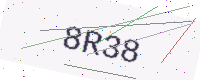
Text: 8R38